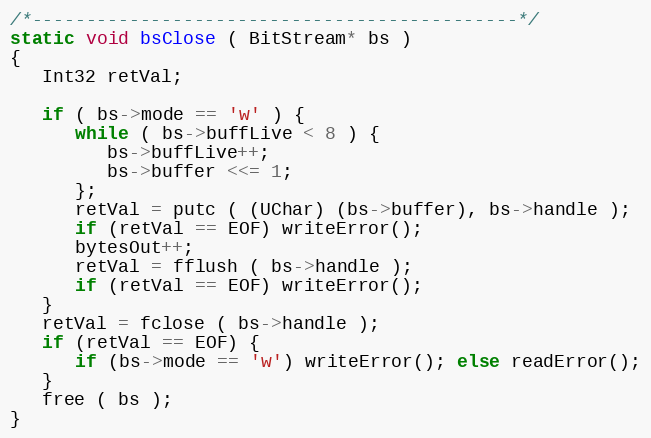
Language: C
/*---------------------------------------------*/
static void bsClose ( BitStream* bs )
{
   Int32 retVal;

   if ( bs->mode == 'w' ) {
      while ( bs->buffLive < 8 ) {
         bs->buffLive++;
         bs->buffer <<= 1;
      };
      retVal = putc ( (UChar) (bs->buffer), bs->handle );
      if (retVal == EOF) writeError();
      bytesOut++;
      retVal = fflush ( bs->handle );
      if (retVal == EOF) writeError();
   }
   retVal = fclose ( bs->handle );
   if (retVal == EOF) {
      if (bs->mode == 'w') writeError(); else readError();
   }
   free ( bs );
}